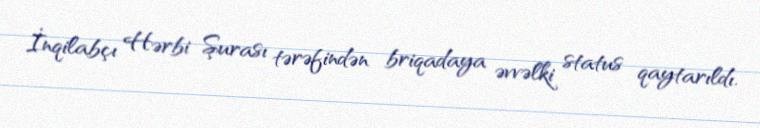
İnqilabçı Hərbi Şurası tərəfindən briqadaya əvvəlki status qaytarıldı.